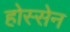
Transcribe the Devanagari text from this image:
होस्सेन